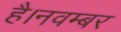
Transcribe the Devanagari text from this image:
है।नवम्बर